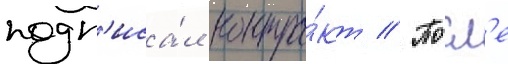
подп'иса́л контра́кт // Посл'е